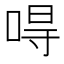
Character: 𠵨